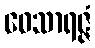
ဝေသာရဇ္ဇံ